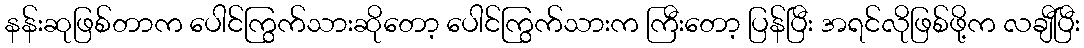
နန်းဆုဖြစ်တာက ပေါင်ကြွက်သားဆိုတော့ ပေါင်ကြွက်သားက ကြီးတော့ ပြန်ပြီး အရင်လိုဖြစ်ဖို့က လချီပြီး